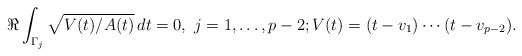
\begin{align*}\Re\int_{\Gamma_j}\sqrt{{V(t)}/{A(t)}}\,dt=0,\ j=1,\dotsc,p-2; V(t) = (t-v_1) \cdots (t-v_{p-2}).\end{align*}